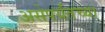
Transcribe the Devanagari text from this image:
असेपर्यंतच्या